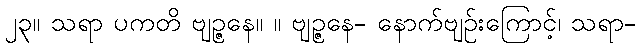
၂၃။ သရာ ပကတိ ဗျဉ္ဇနေ။ ။ ဗျဉ္ဇနေ- နောက်ဗျဉ်းကြောင့်၊ သရာ-